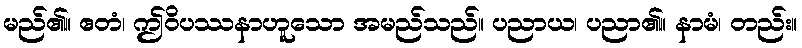
မည်၏။ ဧတံ၊ ဤဝိပဿနာဟူသော အမည်သည်။ ပညာယ၊ ပညာ၏။ နာမံ၊ တည်း။